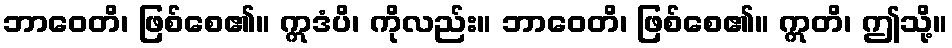
ဘာဝေတိ၊ ဖြစ်စေ၏။ ဣဒံပိ၊ ကိုလည်း။ ဘာဝေတိ၊ ဖြစ်စေ၏။ ဣတိ၊ ဤသို့။